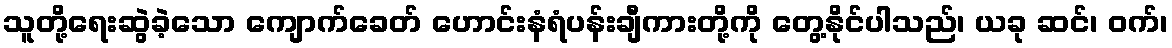
သူတို့ရေးဆွဲခဲ့သော ကျောက်ခေတ် ဟောင်းနံရံပန်းချီကားတို့ကို တွေ့နိုင်ပါသည်၊ ယခု ဆင်၊ ဝက်၊